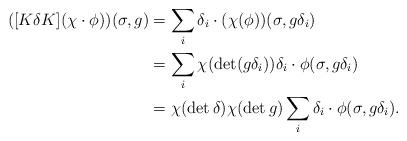
LaTeX: \begin{align*}([K\delta K] (\chi \cdot \phi))(\sigma,g)&= \sum_i \delta_i \cdot (\chi(\phi))(\sigma,g \delta_i) \\&= \sum_i \chi(\det(g \delta_i)) \delta_i \cdot \phi(\sigma, g \delta_i) \\&= \chi(\det \delta) \chi(\det g) \sum_i \delta_i \cdot \phi(\sigma, g \delta_i).\end{align*}